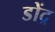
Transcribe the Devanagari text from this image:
डोंद्र